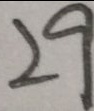
2 9